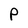
Character: P